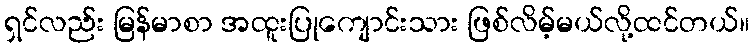
ရှင်လည်း မြန်မာစာ အထူးပြုကျောင်းသား ဖြစ်လိမ့်မယ်လို့ထင်တယ်။